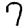
Digit: 7